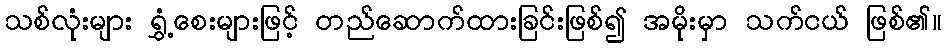
သစ်လုံးများ ရွှံ့စေးများဖြင့် တည်ဆောက်ထားခြင်းဖြစ်၍ အမိုးမှာ သက်ငယ် ဖြစ်၏။